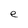
Character: e